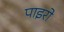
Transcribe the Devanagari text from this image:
पाइरो